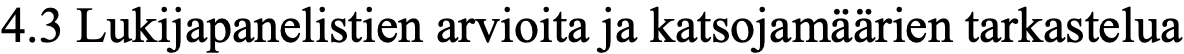
4.3 Lukijapanelistien arvioita ja katsojamäärien tarkastelua